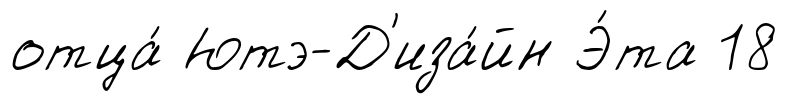
отца́ Ютэ-Д'иза́йн Э́та 18